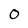
Character: 0